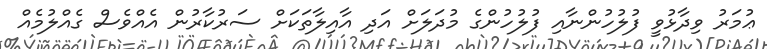
ޢުމަރު ވިދާޅުވީ ފުލުހުންނާއި ފުލުހުންގެ މުދަލަށް އަދި އާއިލާތަކަށް ސަރުކާރުން އެއްވެސް ގެއްލުމެއް